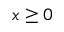
x \ge 0